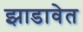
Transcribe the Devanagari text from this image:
झाडावेत